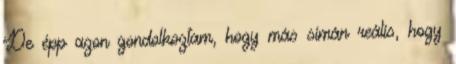
De épp azon gondolkoztam, hogy más simán reális, hogy